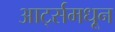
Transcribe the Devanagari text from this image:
आर्ट्समधून